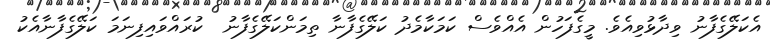
އެކަލޭގެފާނު ވިދާޅުވިއެވެ. މީގެފަހުން އެއްވެސް ކަމަކާމެދު ކަލޭގެފާނާ ތިމަންކަލޭގެފާނު  ކުރައްވައިފިނަމަ ކަލޭގެފާނާއެކު